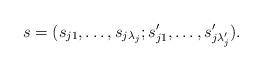
LaTeX: \begin{align*}s= (s_{j1},\ldots, s_{j\lambda_j}; s'_{j1},\ldots, s'_{j\lambda_j'}).\end{align*}